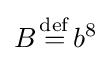
B{\stackrel {\mathrm {def} }{{}={}}}b^{8}